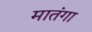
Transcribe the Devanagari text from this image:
मातंगा